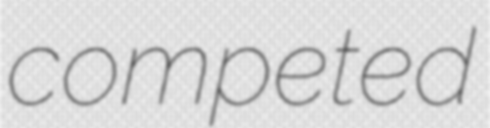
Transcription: competed